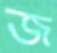
জ